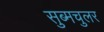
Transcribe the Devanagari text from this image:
सुब्मचुलर